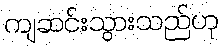
ကျဆင်းသွားသည်ဟု